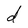
Character: d